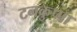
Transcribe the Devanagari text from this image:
टनकुप्पा